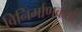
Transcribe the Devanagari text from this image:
विनिर्माणकर्ता